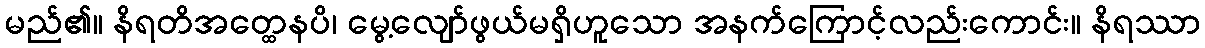
မည်၏။ နိရတိအတ္ထေနပိ၊ မွေ့လျော်ဖွယ်မရှိဟူသော အနက်ကြောင့်လည်းကောင်း။ နိရဿာ